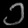
Digit: ၁